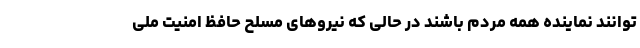
توانند نماینده همه مردم باشند در حالی که نیروهای مسلح حافظ امنیت ملی